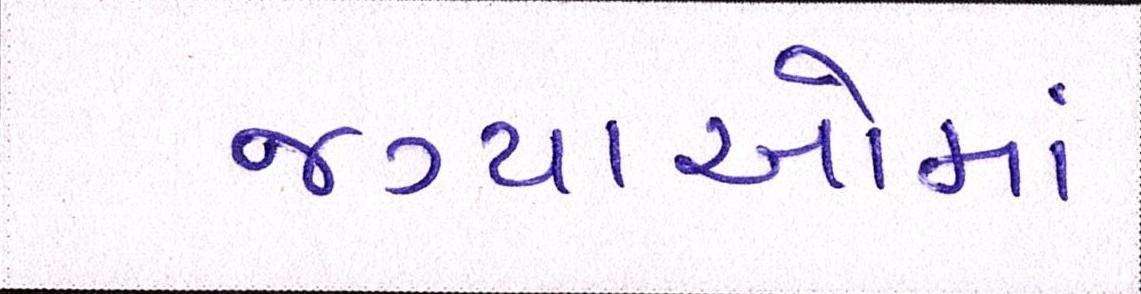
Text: જગ્યાઓમાં